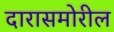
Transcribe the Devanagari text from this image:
दारासमोरील